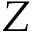
Z